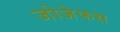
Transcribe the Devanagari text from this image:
जोजेफस